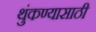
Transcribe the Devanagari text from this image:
थुंकण्यासाठी